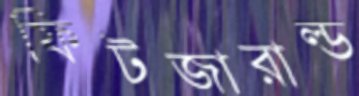
ফিটজারাল্ড